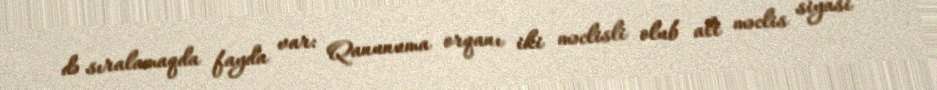
də sıralamaqda fayda var: Qanunuma orqanı iki məclisli olub alt məclis siyasi